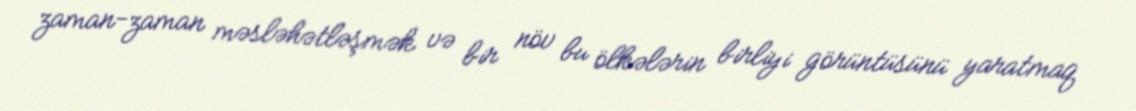
zaman-zaman məsləhətləşmək və bir növ bu ölkələrin birliyi görüntüsünü yaratmaq